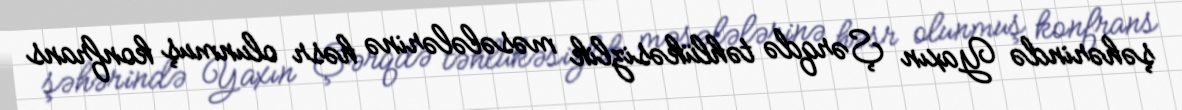
şəhərində Yaxın Şərqdə təhlükəsizlik məsələlərinə həsr olunmuş konfrans